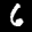
Label: 6